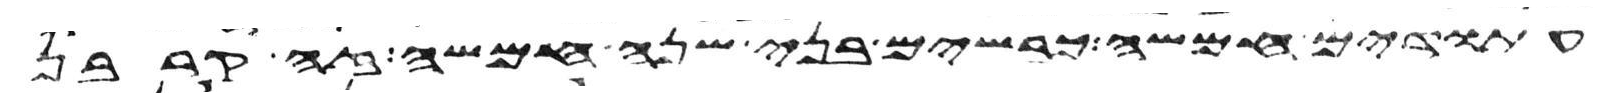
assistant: עתודים חמשה כבשים בני שנה חמשה זה קרבן